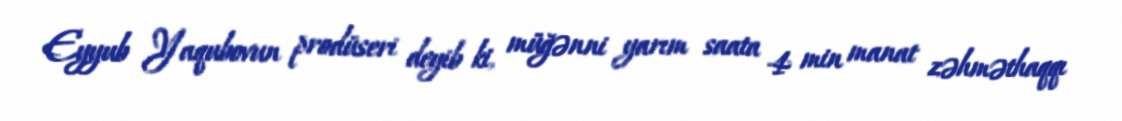
Eyyub Yaqubovun prodüseri deyib ki, müğənni yarım saata 4 min manat zəhməthaqqı